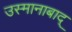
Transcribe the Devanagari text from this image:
उस्मानाबाद्